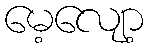
မေ့လျော့